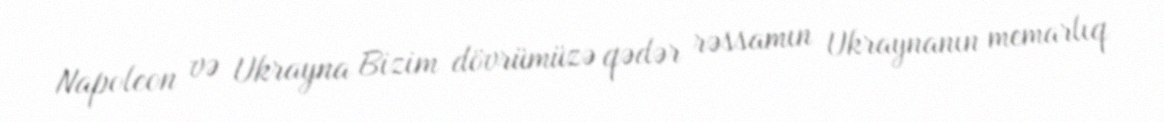
Napoleon və Ukrayna Bizim dövrümüzə qədər rəssamın Ukraynanın memarlıq